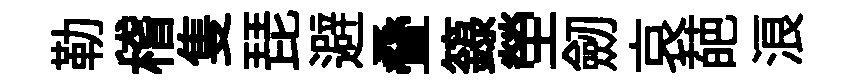
勒稽隻琵避叠籙塋劒哀葩浪